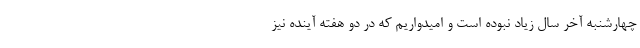
چهارشنبه آخر سال زیاد نبوده است و امیدواریم که در دو هفته آینده نیز